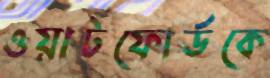
ওয়াটফোর্ডকে